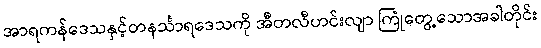
အာရကန်ဒေသနှင့်တနင်္သာရဒေသကို အီတလီဟင်းလျာ ကြုံတွေ့သောအခါတိုင်း